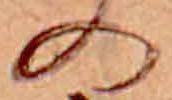
の